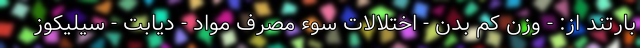
بارتند از: - وزن کم بدن - اختلالات سوء مصرف مواد - دیابت - سیلیکوز